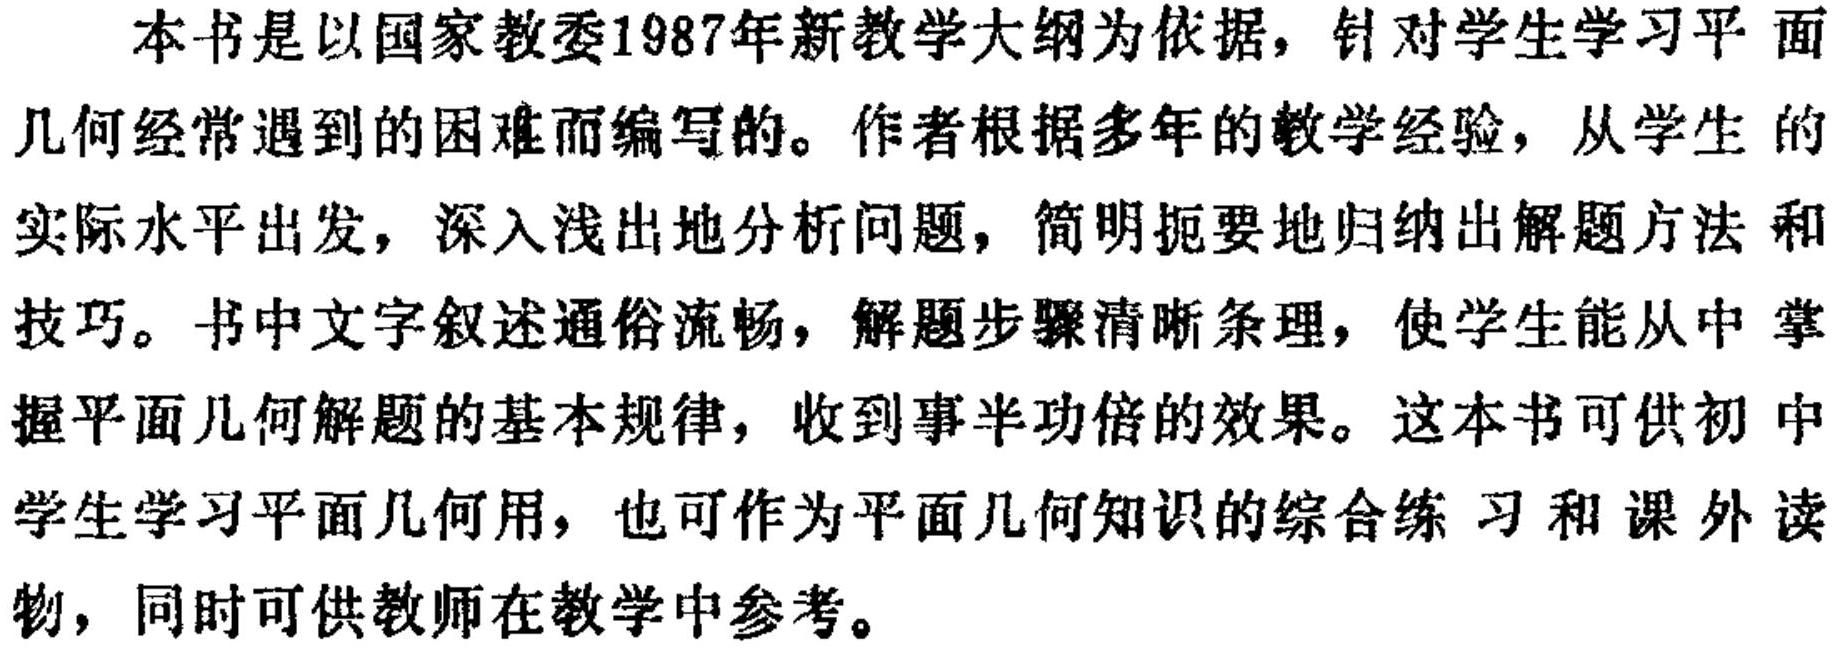
本书是以国家教委1987年新教学大纲为依据，针对学生学习平面
几何经常遇到的困难而编写的。作者根据多年的教学经验，从学生 的
实际水平出发，深入浅出地分析问题，简明扼要地归纳出解题方法 和
技巧。书中文字叙述通俗流畅，解题步骤清晰条理，使学生能从中 掌
握平面几何解题的基本规律，收到事半功倍的效果。这本书可供初 中
学生学习平面几何用，也可作为平面几何知识的综合练 习和 课外读
物，同时可供教师在教学中参考。